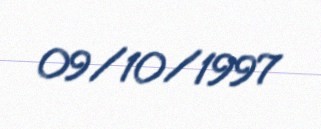
09/10/1997